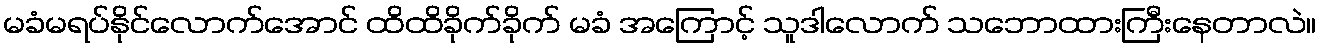
မခံမရပ်နိုင်လောက်အောင် ထိထိခိုက်ခိုက် မခံ အကြောင့် သူဒါလောက် သဘောထားကြီးနေတာလဲ။